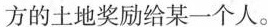
方的土地奖励给某一个人。